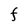
Character: F